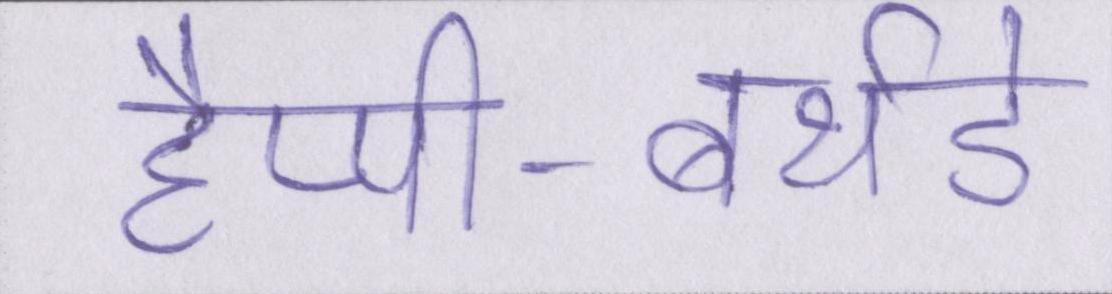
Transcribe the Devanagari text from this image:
हैप्पी-बर्थडे